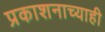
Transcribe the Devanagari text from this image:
प्रकाशनाच्याही